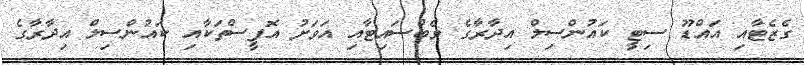
ގެޒެޓާއި އައްޑޫ ސިޓީ ކައުންސިލް އިދާރާގެ ވެބްސައިޓާއި އަވަށު އޮފީސްތަކާއި ކައުންސިލް އިދާރާގެ